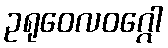
ဥရုဝေလဝဂ္ဂေါ